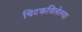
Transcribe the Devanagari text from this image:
चिटकविलेल्या